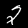
Digit: 2